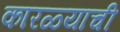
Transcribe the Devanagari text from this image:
कारळ्याची